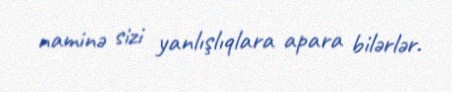
naminə sizi yanlışlıqlara apara bilərlər.